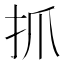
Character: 抓